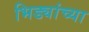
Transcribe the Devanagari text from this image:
भिड्यांच्या